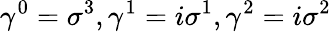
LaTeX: {\gamma}^{0}={\sigma}^{3},{\gamma}^{1}=i{\sigma}^{1},{\gamma}^{2}=i{\sigma}^{2}